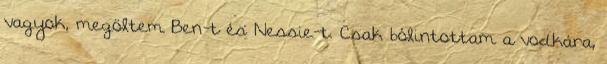
vagyok, megöltem Ben-t és Nessie-t. Csak bólintottam a vodkára,